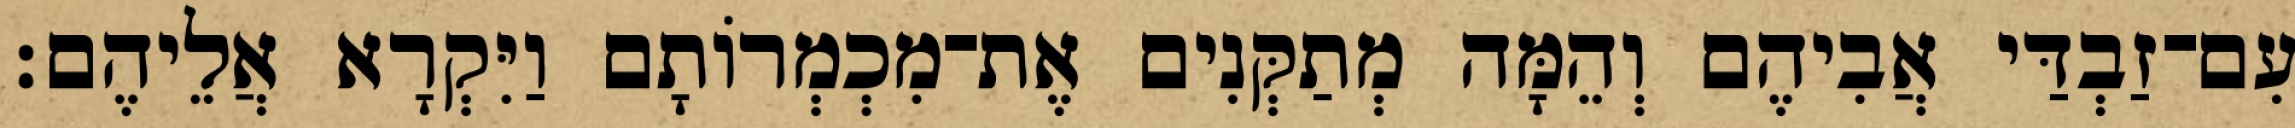
עִם־זַבְדַּי אֲבִיהֶם וְהֵמָּה מְתַקְּנִים אֶת־מִכְמְרוֹתָם וַיִּקְרָא אֲלֵיהֶם׃